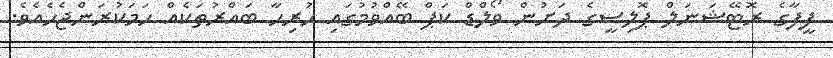
ފީފާގެ ރޮޓޭޝަނަލް ޕޮލިސީގެ ދަށުން ވޯލްޑް ކަޕް ބޭއްވުމުގައި ހުރިހާ ބައްރުތަކެއް ހަމަކުރަންޖެހެއެވެ.